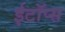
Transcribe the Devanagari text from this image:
ईटॉप्स